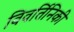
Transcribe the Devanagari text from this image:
विवर्तिनिकी